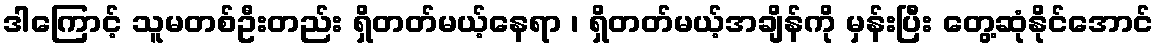
ဒါကြောင့် သူမတစ်ဦးတည်း ရှိတတ်မယ့်နေရာ ၊ ရှိတတ်မယ့်အချိန်ကို မှန်းပြီး တွေ့ဆုံနိုင်အောင်